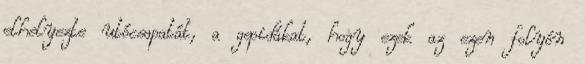
elhelyezte utócsapatát, a gepidákat, hogy ezek az ezen folyón